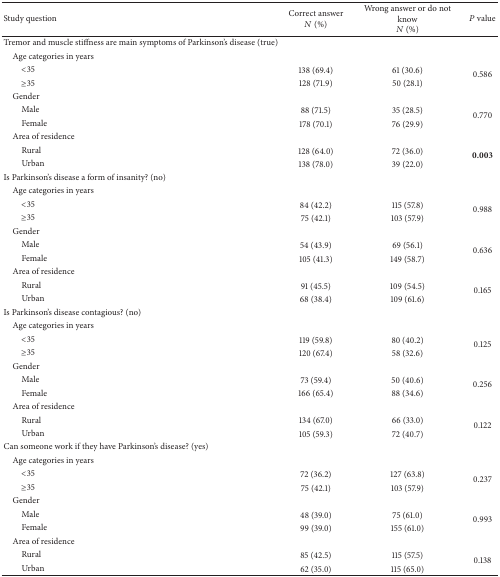
<table><thead><tr><td><b>Study question </b></td><td><b>Correct answer<i>N</i> (%)</b></td><td><b>Wrong answer or do not know<i>N</i> (%)</b></td><td><b><i>P</i> value</b></td></tr></thead><tbody><tr><td>Tremor and muscle stiffness are main symptoms of Parkinson's disease (true)</td><td>[EMPTY_CELL]</td><td>[EMPTY_CELL]</td><td>[EMPTY_CELL]</td></tr><tr><td> Age categories in years</td><td>[EMPTY_CELL]</td><td>[EMPTY_CELL]</td><td>[EMPTY_CELL]</td></tr><tr><td>&lt;35 </td><td>138 (69.4)</td><td>61 (30.6)</td><td rowspan="2">0.586</td></tr><tr><td>≥35</td><td>128 (71.9)</td><td>50 (28.1)</td></tr><tr><td> Gender</td><td>[EMPTY_CELL]</td><td>[EMPTY_CELL]</td><td>[EMPTY_CELL]</td></tr><tr><td>Male</td><td>88 (71.5)</td><td>35 (28.5)</td><td rowspan="2">0.770</td></tr><tr><td>Female</td><td>178 (70.1)</td><td>76 (29.9)</td></tr><tr><td> Area of residence</td><td>[EMPTY_CELL]</td><td>[EMPTY_CELL]</td><td>[EMPTY_CELL]</td></tr><tr><td>Rural </td><td>128 (64.0)</td><td>72 (36.0)</td><td rowspan="2"><b>0.003</b></td></tr><tr><td>Urban</td><td>138 (78.0)</td><td>39 (22.0)</td></tr><tr><td>Is Parkinson's disease a form of insanity? (no)</td><td>[EMPTY_CELL]</td><td>[EMPTY_CELL]</td><td>[EMPTY_CELL]</td></tr><tr><td> Age categories in years</td><td>[EMPTY_CELL]</td><td>[EMPTY_CELL]</td><td>[EMPTY_CELL]</td></tr><tr><td>&lt;35 </td><td>84 (42.2)</td><td>115 (57.8)</td><td rowspan="2">0.988</td></tr><tr><td>≥35</td><td>75 (42.1)</td><td>103 (57.9)</td></tr><tr><td> Gender</td><td>[EMPTY_CELL]</td><td>[EMPTY_CELL]</td><td>[EMPTY_CELL]</td></tr><tr><td>Male</td><td>54 (43.9)</td><td>69 (56.1)</td><td rowspan="2">0.636</td></tr><tr><td>Female</td><td>105 (41.3)</td><td>149 (58.7)</td></tr><tr><td> Area of residence</td><td>[EMPTY_CELL]</td><td>[EMPTY_CELL]</td><td>[EMPTY_CELL]</td></tr><tr><td>Rural </td><td>91 (45.5)</td><td>109 (54.5)</td><td rowspan="2">0.165</td></tr><tr><td>Urban</td><td>68 (38.4)</td><td>109 (61.6)</td></tr><tr><td>Is Parkinson's disease contagious? (no)</td><td>[EMPTY_CELL]</td><td>[EMPTY_CELL]</td><td>[EMPTY_CELL]</td></tr><tr><td> Age categories in years</td><td>[EMPTY_CELL]</td><td>[EMPTY_CELL]</td><td>[EMPTY_CELL]</td></tr><tr><td>&lt;35 </td><td>119 (59.8)</td><td>80 (40.2)</td><td rowspan="2">0.125</td></tr><tr><td>≥35</td><td>120 (67.4)</td><td>58 (32.6)</td></tr><tr><td> Gender</td><td>[EMPTY_CELL]</td><td>[EMPTY_CELL]</td><td>[EMPTY_CELL]</td></tr><tr><td>Male</td><td>73 (59.4)</td><td>50 (40.6)</td><td rowspan="2">0.256</td></tr><tr><td>Female</td><td>166 (65.4)</td><td>88 (34.6)</td></tr><tr><td> Area of residence</td><td>[EMPTY_CELL]</td><td>[EMPTY_CELL]</td><td>[EMPTY_CELL]</td></tr><tr><td>Rural </td><td>134 (67.0)</td><td>66 (33.0)</td><td rowspan="2">0.122</td></tr><tr><td>Urban</td><td>105 (59.3)</td><td>72 (40.7)</td></tr><tr><td>Can someone work if they have Parkinson's disease? (yes)</td><td>[EMPTY_CELL]</td><td>[EMPTY_CELL]</td><td>[EMPTY_CELL]</td></tr><tr><td> Age categories in years</td><td>[EMPTY_CELL]</td><td>[EMPTY_CELL]</td><td>[EMPTY_CELL]</td></tr><tr><td>&lt;35 </td><td>72 (36.2)</td><td>127 (63.8)</td><td rowspan="2">0.237</td></tr><tr><td>≥35</td><td>75 (42.1)</td><td>103 (57.9)</td></tr><tr><td> Gender</td><td>[EMPTY_CELL]</td><td>[EMPTY_CELL]</td><td>[EMPTY_CELL]</td></tr><tr><td>Male</td><td>48 (39.0)</td><td>75 (61.0)</td><td rowspan="2">0.993</td></tr><tr><td>Female</td><td>99 (39.0)</td><td>155 (61.0)</td></tr><tr><td> Area of residence</td><td>[EMPTY_CELL]</td><td>[EMPTY_CELL]</td><td>[EMPTY_CELL]</td></tr><tr><td>Rural </td><td>85 (42.5)</td><td>115 (57.5)</td><td rowspan="2">0.138</td></tr><tr><td>Urban</td><td>62 (35.0)</td><td>115 (65.0)</td></tr></tbody></table>